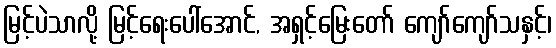
မြင့်ပဲသာလို့ မြင့်ရေးပေါ်အောင်, အရှင့်မြေးတော် ကျော်ကျော်သနှင့်၊